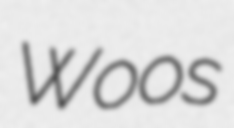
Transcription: Woos